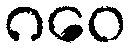
ဂဝေ